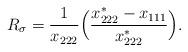
LaTeX: \begin{align*}R_{\sigma}=\dfrac{1}{x_{222}}\Big(\dfrac{x_{222}^*-x_{111}}{x_{222}^*}\Big).\end{align*}